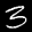
Label: 3